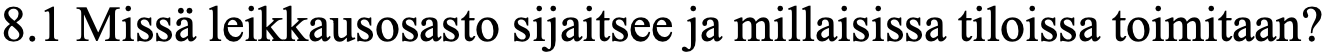
8.1 Missä leikkausosasto sijaitsee ja millaisissa tiloissa toimitaan?